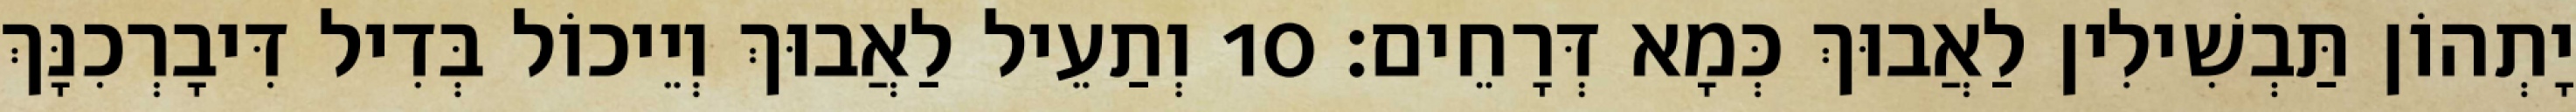
יָתְהוֹן תַּבְשִׁילִין לַאֲבוּךְ כְּמָא דְּרָחֵים׃ 10 וְתַעֵיל לַאֲבוּךְ וְיֵיכוֹל בְּדִיל דִּיבָרְכִנָּךְ